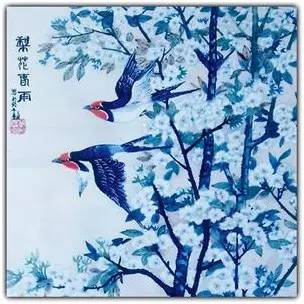
润逼琴丝，寒侵枕障，虫网吹黏帘竹。